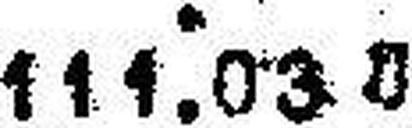
111.03 U